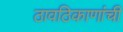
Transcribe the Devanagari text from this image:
ठावठिकाणांची